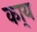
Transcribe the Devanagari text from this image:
का्य